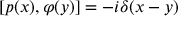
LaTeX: [ p ( x ) , \varphi ( y ) ] = - i \delta ( x - y )